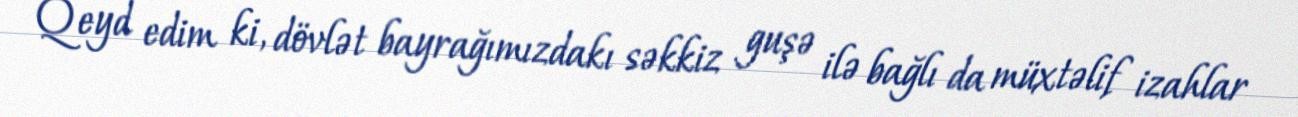
Qeyd edim ki, dövlət bayrağımızdakı səkkiz guşə ilə bağlı da müxtəlif izahlar